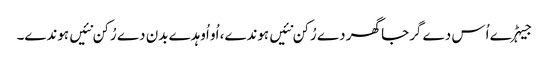
جیہڑے اُس دے گرجا گھر دے رُکن نئیں ہوندے، اُو اُوہدے بدن دے رُکن نئیں ہوندے۔